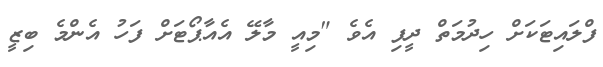
ފްލައިޓަކަށް ހިދުމަތް ދީފި އެވެ "މިއީ މާލޭ އެއާޕޯޓަށް ފަހު އެންމެ ބިޒީ